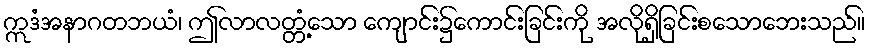
ဣဒံအနာဂတဘယံ၊ ဤလာလတ္တံ့သော ကျောင်း၌ကောင်းခြင်းကို အလိုရှိခြင်းစသောဘေးသည်။